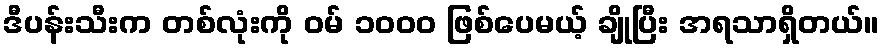
ဒီပန်းသီးက တစ်လုံးကို ဝမ် ၁၀၀၀ ဖြစ်ပေမယ့် ချိုပြီး အရသာရှိတယ်။